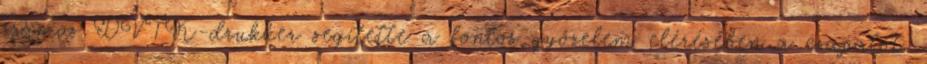
számos DVTK-drukker segítette a fontos győzelem elérésében a csapatot.